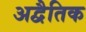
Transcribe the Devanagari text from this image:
अद्वैतिक